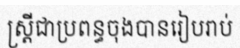
ស្ត្រីជាប្រពន្ធចុងបានរៀបរាប់